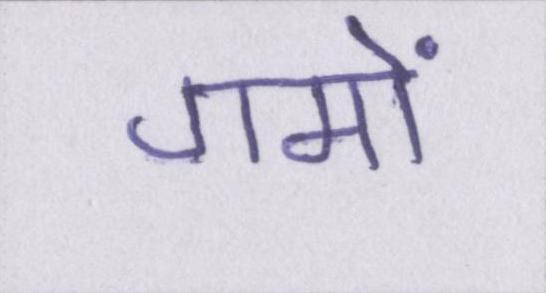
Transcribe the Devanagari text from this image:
गमों